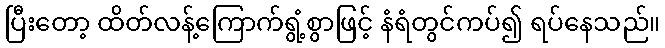
ပြီးတော့ ထိတ်လန့်ကြောက်ရွံ့စွာဖြင့် နံရံတွင်ကပ်၍ ရပ်နေသည်။